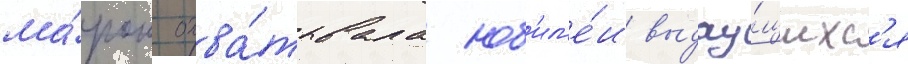
ма́рок охва́тывала юб'ил'е́и выдау́щихс'я